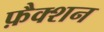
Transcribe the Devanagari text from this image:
फ़ैक्शन